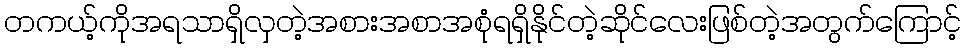
တကယ့်ကိုအရသာရှိလှတဲ့အစားအစာအစုံရရှိနိုင်တဲ့ဆိုင်လေးဖြစ်တဲ့အတွက်ကြောင့်